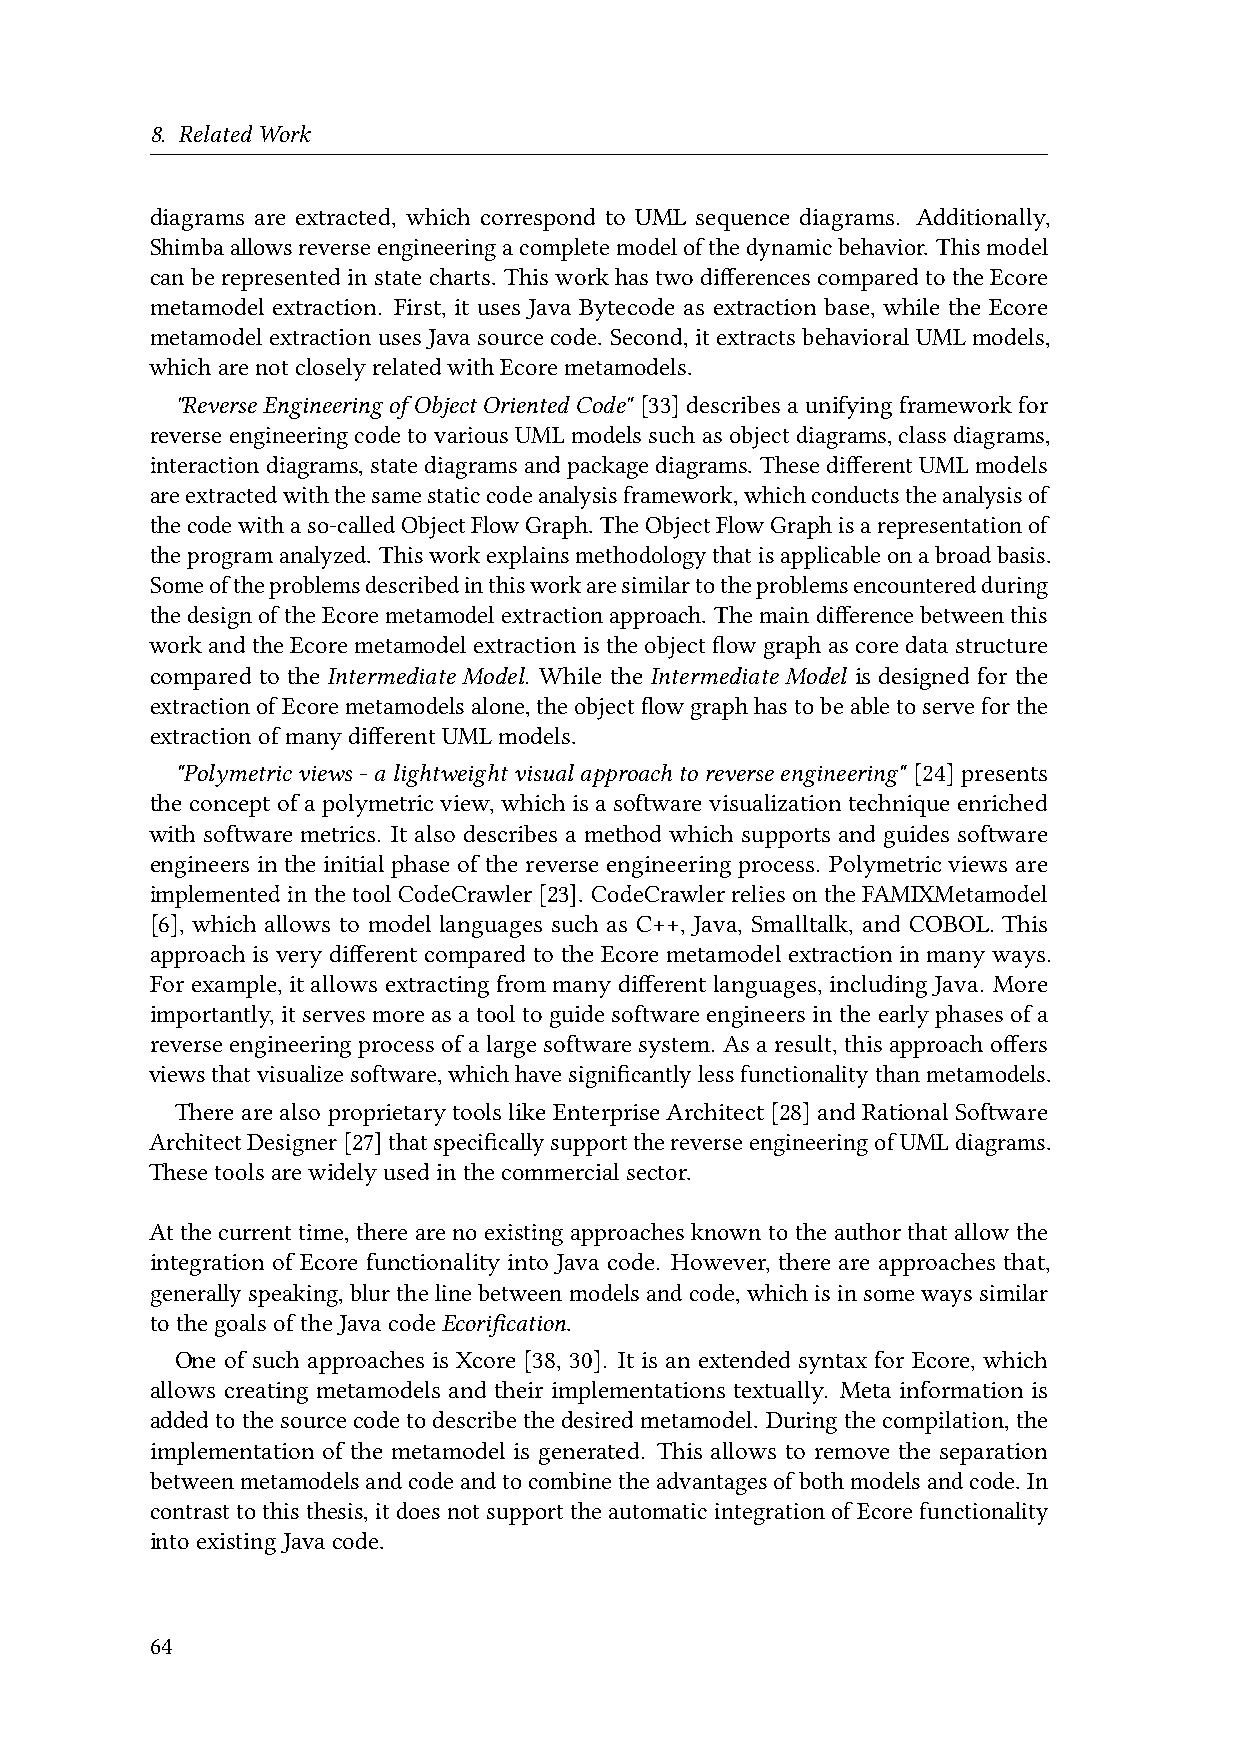
8. RelatedWork
 diagrams are extracted, which correspond to UML sequence diagrams. Additionally,
 Shimbaallowsreverseengineeringacompletemodelofthedynamicbehavior. Thismodel
 canberepresentedinstate charts. This workhastwodifferencescomparedtotheEcore
 metamodel extraction. First, it uses Java Bytecode as extraction base, while the Ecore
 metamodelextractionusesJavasourcecode. Second,itextractsbehavioralUMLmodels,
 whicharenotcloselyrelatedwithEcoremetamodels.
 "Reverse Engineering of Object Oriented Code" [33] describes a unifyingframeworkfor
 reverseengineeringcodetovariousUMLmodelssuchasobjectdiagrams,classdiagrams,
 interactiondiagrams,statediagramsandpackagediagrams. ThesedifferentUMLmodels
 areextractedwiththesamestaticcodeanalysisframework,whichconductstheanalysisof
 thecodewithaso-calledObjectFlowGraph. TheObjectFlowGraphisarepresentationof
 theprogramanalyzed. Thisworkexplainsmethodologythatisapplicableonabroadbasis.
 Someoftheproblemsdescribedinthisworkaresimilartotheproblemsencounteredduring
 thedesignoftheEcoremetamodelextractionapproach. Themaindifferencebetweenthis
 workandtheEcoremetamodelextractionistheobjectflowgraphascoredatastructure
 compared to the Intermediate Model. While the Intermediate Model is designed for the
 extractionofEcoremetamodelsalone,theobjectflowgraphhastobeabletoserveforthe
 extractionofmanydifferentUMLmodels.
 "Polymetric views -a lightweight visualapproachto reverse engineering" [24] presents
 the concept of a polymetric view, which is a software visualization technique enriched
 with software metrics. It also describes a method which supports and guides software
 engineers in the initial phase of the reverse engineering process. Polymetric views are
 implementedinthetoolCodeCrawler[23]. CodeCrawlerreliesontheFAMIXMetamodel
 [6], which allows to model languages such as C++, Java, Smalltalk, and COBOL. This
 approach is very different compared to the Ecore metamodel extraction in many ways.
 For example, it allows extracting from many different languages, including Java. More
 importantly,itserves moreasatooltoguidesoftwareengineersintheearlyphasesofa
 reverseengineeringprocessofalargesoftwaresystem. Asaresult,thisapproachoffers
 viewsthatvisualizesoftware,whichhavesignificantlylessfunctionalitythanmetamodels.
 Therearealsoproprietarytoolslike EnterpriseArchitect[28]and RationalSoftware
 ArchitectDesigner[27]thatspecificallysupportthereverseengineeringofUMLdiagrams.
 Thesetoolsarewidelyusedinthecommercialsector.
 Atthe current time,thereare noexistingapproachesknown totheauthorthat allowthe
 integration of Ecore functionality into Java code. However, there are approaches that,
 generallyspeaking,blurthelinebetweenmodelsandcode,whichisinsomewayssimilar
 tothegoalsoftheJavacodeEcorification.
 One of such approaches is Xcore [38, 30]. It is an extended syntax for Ecore, which
 allows creating metamodels and their implementations textually. Meta information is
 addedtothesourcecodetodescribethedesiredmetamodel. Duringthecompilation,the
 implementation of the metamodel is generated. This allows to remove the separation
 betweenmetamodelsandcodeandtocombinetheadvantagesofbothmodelsandcode. In
 contrasttothisthesis,itdoesnotsupporttheautomaticintegrationofEcorefunctionality
 intoexistingJavacode.
 64